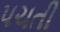
પચતી